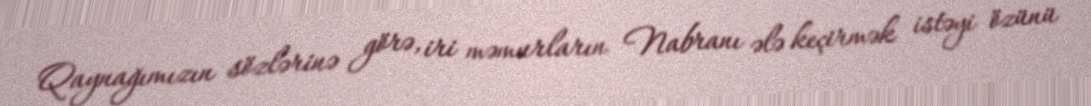
Qaynağımızın sözlərinə görə, iri məmurların Nabranı ələ keçirmək istəyi özünü